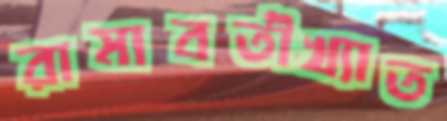
রামাবতীখ্যাত